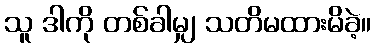
သူ ဒါကို တစ်ခါမျှ သတိမထားမိခဲ့။